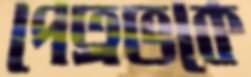
পেত্রভকে